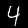
Digit: 4